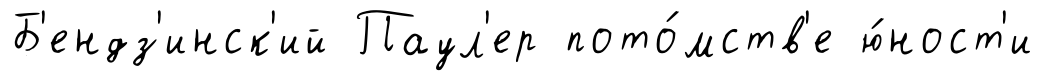
Б'ендз'инск'ий Паул'ер пото́мств'е ю́ност'и